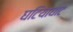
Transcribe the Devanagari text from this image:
घटियाघाट